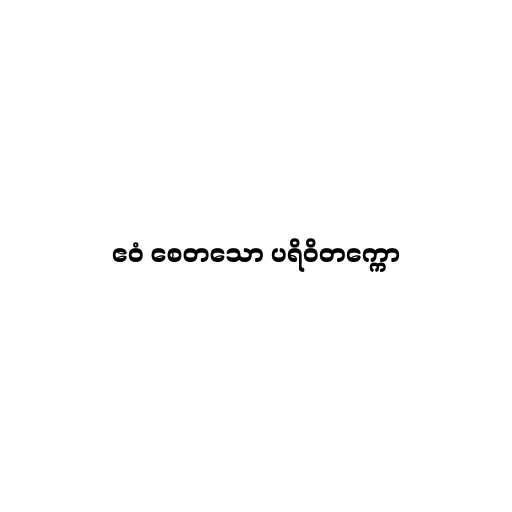
ဧဝံ စေတသော ပရိဝိတက္ကော